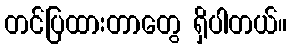
တင်ပြထားတာတွေ ရှိပါတယ်။